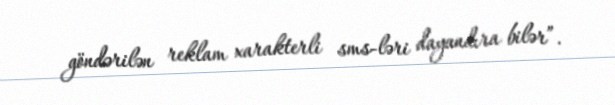
göndərilən reklam xarakterli sms-ləri dayandıra bilər”.